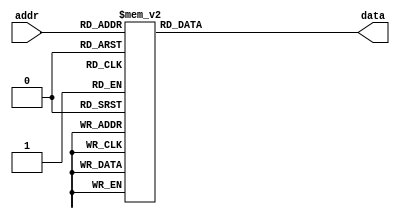
`timescale 1ns / 1ps
//////////////////////////////////////////////////////////////////////////////////
// Company: 
// Engineer: 
// 
// Design Name: 
// Module Name:    sin_fragment 
// Project Name: 
// Target Devices: 
// Tool versions: 
// Description: 
//
// Dependencies: 
//
// Revision: 
// Revision 0.01 - File Created
// Additional Comments: 
//
//////////////////////////////////////////////////////////////////////////////////
module sin_fragment(
	input wire [7:0] addr,
	output reg [6:0] data
    );

	always @*
		case (addr)
		8'h00: data = 7'b0000000;
		8'h01: data = 7'b0000000;
		8'h02: data = 7'b0000001;
		8'h03: data = 7'b0000010;
		8'h04: data = 7'b0000011;
		8'h05: data = 7'b0000011;
		8'h06: data = 7'b0000100;
		8'h07: data = 7'b0000101;
		8'h08: data = 7'b0000110;
		8'h09: data = 7'b0000111;
		8'h0A: data = 7'b0000111;
		8'h0B: data = 7'b0001000;
		8'h0C: data = 7'b0001001;
		8'h0D: data = 7'b0001010;
		8'h0E: data = 7'b0001010;
		8'h0F: data = 7'b0001011;
		8'h10: data = 7'b0001100;
		8'h11: data = 7'b0001101;
		8'h12: data = 7'b0001110;
		8'h13: data = 7'b0001110;
		8'h14: data = 7'b0001111;
		8'h15: data = 7'b0010000;
		8'h16: data = 7'b0010001;
		8'h17: data = 7'b0010010;
		8'h18: data = 7'b0010010;
		8'h19: data = 7'b0010011;
		8'h1A: data = 7'b0010100;
		8'h1B: data = 7'b0010101;
		8'h1C: data = 7'b0010101;
		8'h1D: data = 7'b0010110;
		8'h1E: data = 7'b0010111;
		8'h1F: data = 7'b0011000;
		8'h20: data = 7'b0011000;
		8'h21: data = 7'b0011001;
		8'h22: data = 7'b0011010;
		8'h23: data = 7'b0011011;
		8'h24: data = 7'b0011100;
		8'h25: data = 7'b0011100;
		8'h26: data = 7'b0011101;
		8'h27: data = 7'b0011110;
		8'h28: data = 7'b0011111;
		8'h29: data = 7'b0011111;
		8'h2A: data = 7'b0100000;
		8'h2B: data = 7'b0100001;
		8'h2C: data = 7'b0100010;
		8'h2D: data = 7'b0100010;
		8'h2E: data = 7'b0100011;
		8'h2F: data = 7'b0100100;
		8'h30: data = 7'b0100101;
		8'h31: data = 7'b0100101;
		8'h32: data = 7'b0100110;
		8'h33: data = 7'b0100111;
		8'h34: data = 7'b0101000;
		8'h35: data = 7'b0101000;
		8'h36: data = 7'b0101001;
		8'h37: data = 7'b0101010;
		8'h38: data = 7'b0101011;
		8'h39: data = 7'b0101011;
		8'h3A: data = 7'b0101100;
		8'h3B: data = 7'b0101101;
		8'h3C: data = 7'b0101110;
		8'h3D: data = 7'b0101110;
		8'h3E: data = 7'b0101111;
		8'h3F: data = 7'b0110000;
		8'h40: data = 7'b0110000;
		8'h41: data = 7'b0110001;
		8'h42: data = 7'b0110010;
		8'h43: data = 7'b0110011;
		8'h44: data = 7'b0110011;
		8'h45: data = 7'b0110100;
		8'h46: data = 7'b0110101;
		8'h47: data = 7'b0110110;
		8'h48: data = 7'b0110110;
		8'h49: data = 7'b0110111;
		8'h4A: data = 7'b0111000;
		8'h4B: data = 7'b0111000;
		8'h4C: data = 7'b0111001;
		8'h4D: data = 7'b0111010;
		8'h4E: data = 7'b0111010;
		8'h4F: data = 7'b0111011;
		8'h50: data = 7'b0111100;
		8'h51: data = 7'b0111101;
		8'h52: data = 7'b0111101;
		8'h53: data = 7'b0111110;
		8'h54: data = 7'b0111111;
		8'h55: data = 7'b0111111;
		8'h56: data = 7'b1000000;
		8'h57: data = 7'b1000001;
		8'h58: data = 7'b1000001;
		8'h59: data = 7'b1000010;
		8'h5A: data = 7'b1000011;
		8'h5B: data = 7'b1000011;
		8'h5C: data = 7'b1000100;
		8'h5D: data = 7'b1000101;
		8'h5E: data = 7'b1000101;
		8'h5F: data = 7'b1000110;
		8'h60: data = 7'b1000111;
		8'h61: data = 7'b1000111;
		8'h62: data = 7'b1001000;
		8'h63: data = 7'b1001001;
		8'h64: data = 7'b1001001;
		8'h65: data = 7'b1001010;
		8'h66: data = 7'b1001010;
		8'h67: data = 7'b1001011;
		8'h68: data = 7'b1001100;
		8'h69: data = 7'b1001100;
		8'h6A: data = 7'b1001101;
		8'h6B: data = 7'b1001110;
		8'h6C: data = 7'b1001110;
		8'h6D: data = 7'b1001111;
		8'h6E: data = 7'b1001111;
		8'h6F: data = 7'b1010000;
		8'h70: data = 7'b1010001;
		8'h71: data = 7'b1010001;
		8'h72: data = 7'b1010010;
		8'h73: data = 7'b1010011;
		8'h74: data = 7'b1010011;
		8'h75: data = 7'b1010100;
		8'h76: data = 7'b1010100;
		8'h77: data = 7'b1010101;
		8'h78: data = 7'b1010101;
		8'h79: data = 7'b1010110;
		8'h7A: data = 7'b1010111;
		8'h7B: data = 7'b1010111;
		8'h7C: data = 7'b1011000;
		8'h7D: data = 7'b1011000;
		8'h7E: data = 7'b1011001;
		8'h7F: data = 7'b1011001;
		8'h80: data = 7'b1011010;
		8'h81: data = 7'b1011011;
		8'h82: data = 7'b1011011;
		8'h83: data = 7'b1011100;
		8'h84: data = 7'b1011100;
		8'h85: data = 7'b1011101;
		8'h86: data = 7'b1011101;
		8'h87: data = 7'b1011110;
		8'h88: data = 7'b1011110;
		8'h89: data = 7'b1011111;
		8'h8A: data = 7'b1011111;
		8'h8B: data = 7'b1100000;
		8'h8C: data = 7'b1100000;
		8'h8D: data = 7'b1100001;
		8'h8E: data = 7'b1100001;
		8'h8F: data = 7'b1100010;
		8'h90: data = 7'b1100010;
		8'h91: data = 7'b1100011;
		8'h92: data = 7'b1100011;
		8'h93: data = 7'b1100100;
		8'h94: data = 7'b1100100;
		8'h95: data = 7'b1100101;
		8'h96: data = 7'b1100101;
		8'h97: data = 7'b1100110;
		8'h98: data = 7'b1100110;
		8'h99: data = 7'b1100111;
		8'h9A: data = 7'b1100111;
		8'h9B: data = 7'b1101000;
		8'h9C: data = 7'b1101000;
		8'h9D: data = 7'b1101001;
		8'h9E: data = 7'b1101001;
		8'h9F: data = 7'b1101001;
		8'hA0: data = 7'b1101010;
		8'hA1: data = 7'b1101010;
		8'hA2: data = 7'b1101011;
		8'hA3: data = 7'b1101011;
		8'hA4: data = 7'b1101100;
		8'hA5: data = 7'b1101100;
		8'hA6: data = 7'b1101100;
		8'hA7: data = 7'b1101101;
		8'hA8: data = 7'b1101101;
		8'hA9: data = 7'b1101110;
		8'hAA: data = 7'b1101110;
		8'hAB: data = 7'b1101110;
		8'hAC: data = 7'b1101111;
		8'hAD: data = 7'b1101111;
		8'hAE: data = 7'b1110000;
		8'hAF: data = 7'b1110000;
		8'hB0: data = 7'b1110000;
		8'hB1: data = 7'b1110001;
		8'hB2: data = 7'b1110001;
		8'hB3: data = 7'b1110001;
		8'hB4: data = 7'b1110010;
		8'hB5: data = 7'b1110010;
		8'hB6: data = 7'b1110011;
		8'hB7: data = 7'b1110011;
		8'hB8: data = 7'b1110011;
		8'hB9: data = 7'b1110100;
		8'hBA: data = 7'b1110100;
		8'hBB: data = 7'b1110100;
		8'hBC: data = 7'b1110101;
		8'hBD: data = 7'b1110101;
		8'hBE: data = 7'b1110101;
		8'hBF: data = 7'b1110101;
		8'hC0: data = 7'b1110110;
		8'hC1: data = 7'b1110110;
		8'hC2: data = 7'b1110110;
		8'hC3: data = 7'b1110111;
		8'hC4: data = 7'b1110111;
		8'hC5: data = 7'b1110111;
		8'hC6: data = 7'b1110111;
		8'hC7: data = 7'b1111000;
		8'hC8: data = 7'b1111000;
		8'hC9: data = 7'b1111000;
		8'hCA: data = 7'b1111001;
		8'hCB: data = 7'b1111001;
		8'hCC: data = 7'b1111001;
		8'hCD: data = 7'b1111001;
		8'hCE: data = 7'b1111010;
		8'hCF: data = 7'b1111010;
		8'hD0: data = 7'b1111010;
		8'hD1: data = 7'b1111010;
		8'hD2: data = 7'b1111010;
		8'hD3: data = 7'b1111011;
		8'hD4: data = 7'b1111011;
		8'hD5: data = 7'b1111011;
		8'hD6: data = 7'b1111011;
		8'hD7: data = 7'b1111011;
		8'hD8: data = 7'b1111100;
		8'hD9: data = 7'b1111100;
		8'hDA: data = 7'b1111100;
		8'hDB: data = 7'b1111100;
		8'hDC: data = 7'b1111100;
		8'hDD: data = 7'b1111101;
		8'hDE: data = 7'b1111101;
		8'hDF: data = 7'b1111101;
		8'hE0: data = 7'b1111101;
		8'hE1: data = 7'b1111101;
		8'hE2: data = 7'b1111101;
		8'hE3: data = 7'b1111101;
		8'hE4: data = 7'b1111110;
		8'hE5: data = 7'b1111110;
		8'hE6: data = 7'b1111110;
		8'hE7: data = 7'b1111110;
		8'hE8: data = 7'b1111110;
		8'hE9: data = 7'b1111110;
		8'hEA: data = 7'b1111110;
		8'hEB: data = 7'b1111110;
		8'hEC: data = 7'b1111111;
		8'hED: data = 7'b1111111;
		8'hEE: data = 7'b1111111;
		8'hEF: data = 7'b1111111;
		8'hF0: data = 7'b1111111;
		8'hF1: data = 7'b1111111;
		8'hF2: data = 7'b1111111;
		8'hF3: data = 7'b1111111;
		8'hF4: data = 7'b1111111;
		8'hF5: data = 7'b1111111;
		8'hF6: data = 7'b1111111;
		8'hF7: data = 7'b1111111;
		8'hF8: data = 7'b1111111;
		8'hF9: data = 7'b1111111;
		8'hFA: data = 7'b1111111;
		8'hFB: data = 7'b1111111;
		8'hFC: data = 7'b1111111;
		8'hFD: data = 7'b1111111;
		8'hFE: data = 7'b1111111;
		8'hFF: data = 7'b1111111;
		endcase

endmodule